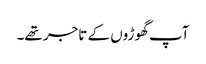
آپ گھوڑوں کے تاجر تھے۔